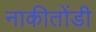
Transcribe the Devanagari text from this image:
नाकीतोंडी